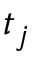
t _ { j }